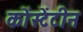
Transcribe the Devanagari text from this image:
कोंस्टेंटीन